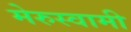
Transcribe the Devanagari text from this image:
मेरुस्वामी